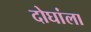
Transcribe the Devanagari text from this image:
दोघांला